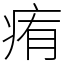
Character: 痏